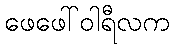
ဖေဖေါ်ဝါရီလက